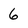
Character: 6